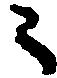
ニ